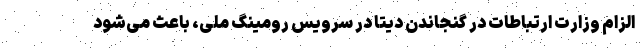
الزام وزارت ارتباطات در گنجاندن دیتا در سرویس‌ رومینگ ملی، باعث می‌شود